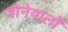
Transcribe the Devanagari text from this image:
जीनेवालों